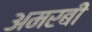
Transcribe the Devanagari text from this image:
अमरबी